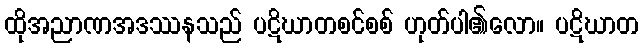
ထိုအညာဏအဒဿနသည် ပဋိဃာတစင်စစ် ဟုတ်ပါ၏လော။ ပဋိဃာတ